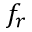
f _ { r }